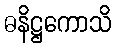
ဓနိဋ္ဌကောသိ